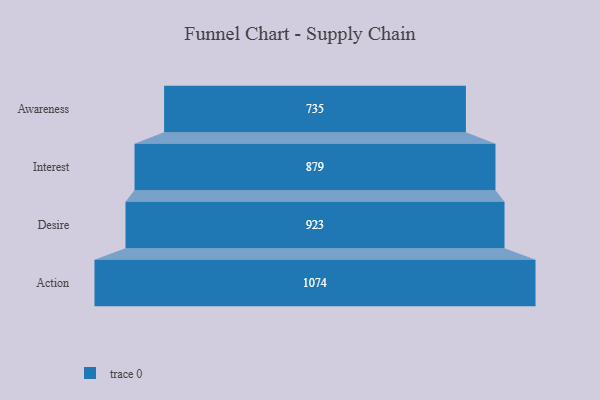
{"axis": {"x": "Stage", "y": "Value"}, "legend": [""], "data": [{"x": "Awareness", "y": 735.0, "type": ""}, {"x": "Interest", "y": 879.0, "type": ""}, {"x": "Desire", "y": 923.0, "type": ""}, {"x": "Action", "y": 1074.0, "type": ""}]}